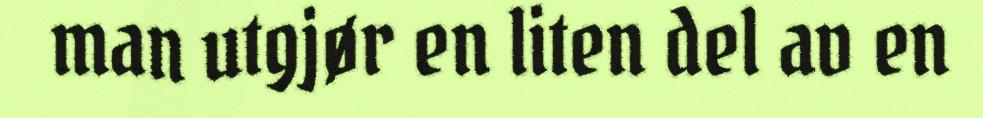
man utgjør en liten del av en